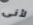
لأنى